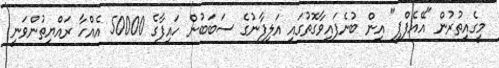
މީގެއިތުރުން "އޭއެފްޕީ" އިން ބުނެފައިވާގޮތުގައި އަލިފާނުގެ ސަބަބުން ހައިފާގެ 50000 އެއްހާ ރައްޔިތުންވަނީ